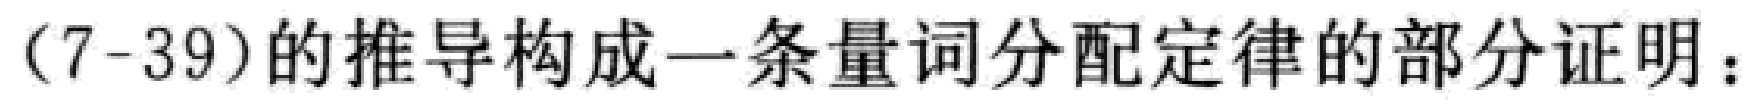
(7-39)的推导构成一条量词分配定律的部分证明：